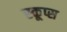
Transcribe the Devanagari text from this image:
स्कूप्स